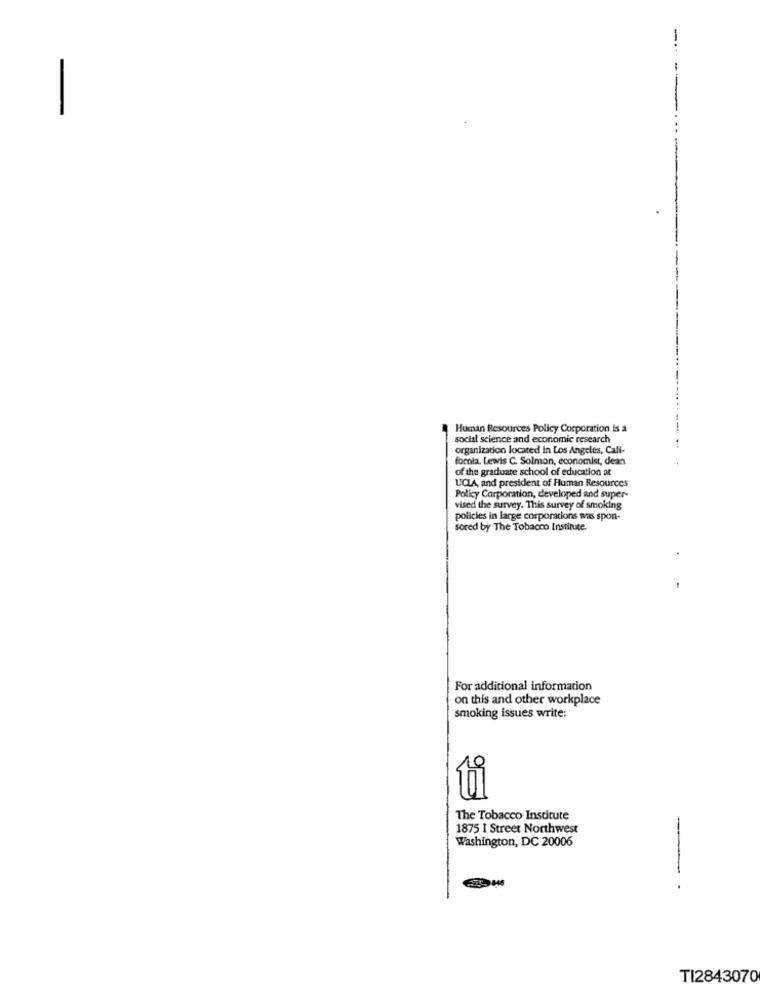
-
Human Resources Policy Corporation is a
social science and economic research
organization located in Los Angeles, Cali-
fornia. Lewis C. Solmon, economist, dean
of the graduate school of education at
UCLA, and president of Human Resources
Policy Corporation, developed and super-
vised the survey. This survey of smoking
policies in large corporations was spon-
sored by The Tobacco Institute.
For additional information
on this and other workplace
smoking issues write:
The Tobacco Institute
1875 I Street Northwest
Washington, DC 20006
--- .
TI2843070